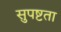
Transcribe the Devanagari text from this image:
सुपष्टता